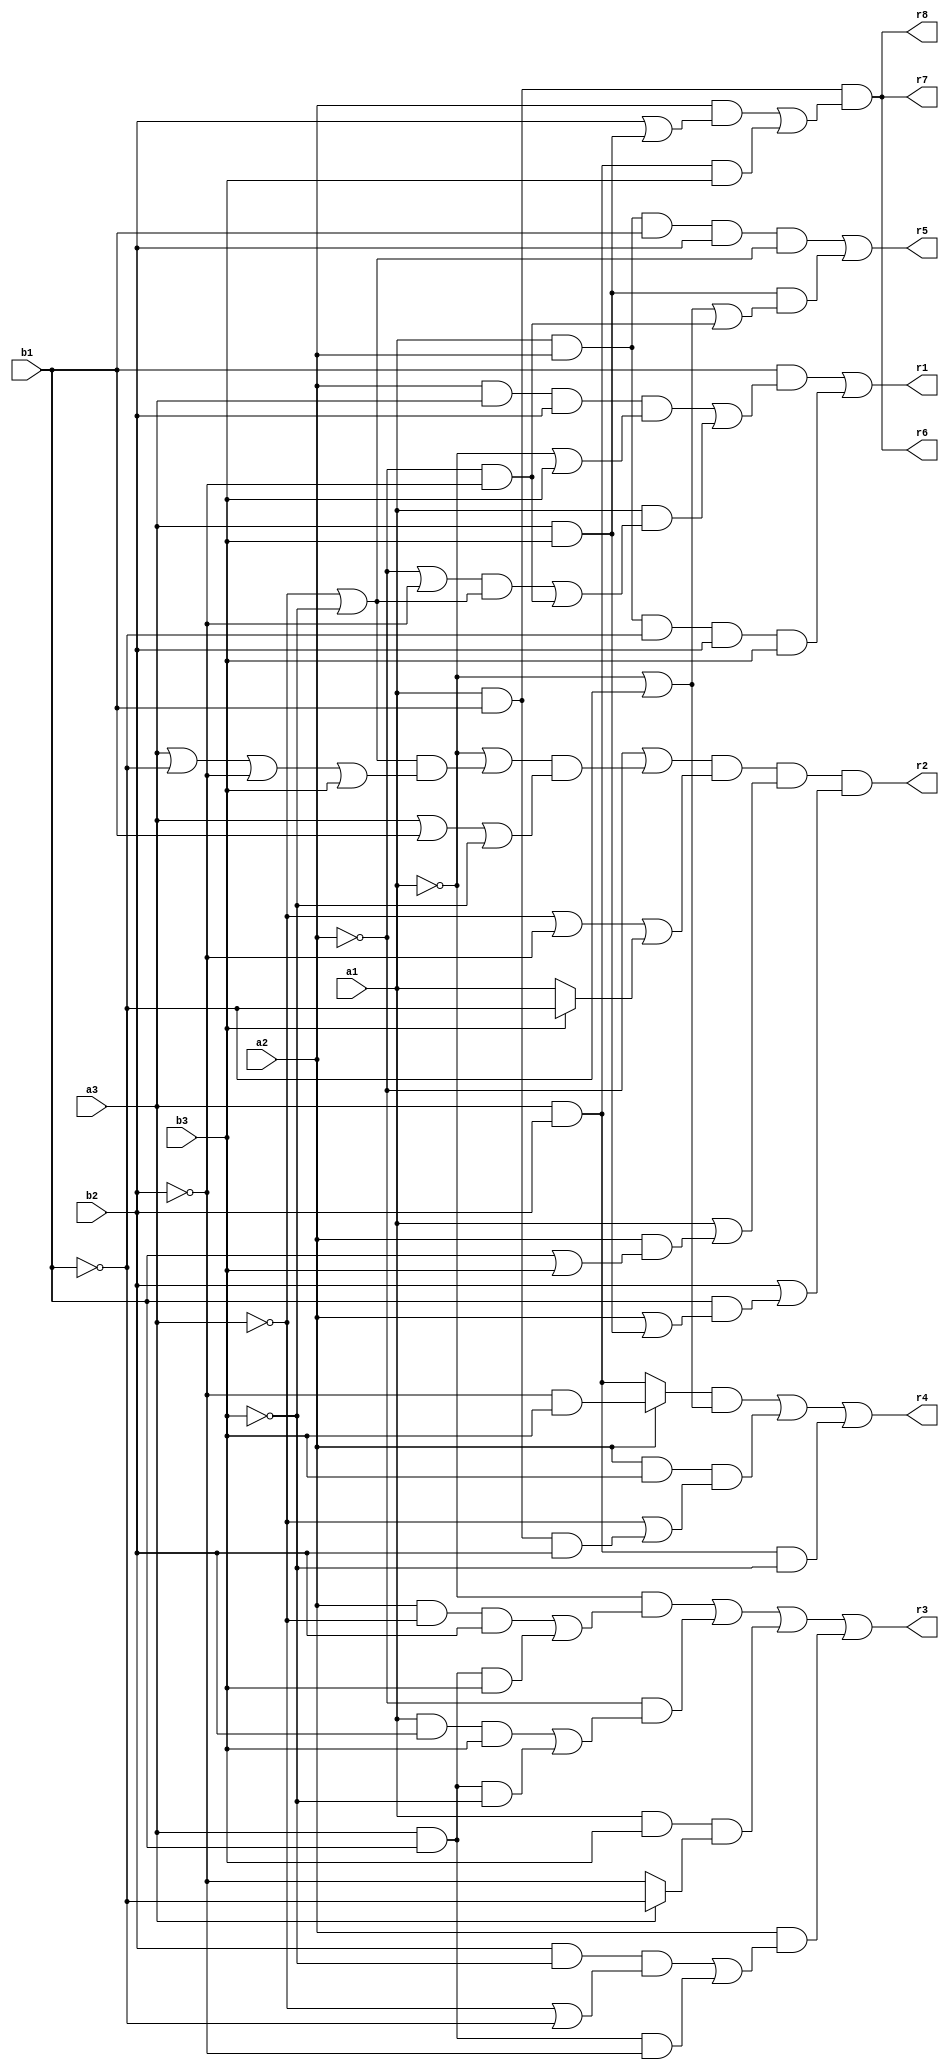
// Benchmark "mult_3x3_8_out" written by ABC on Fri May 27 23:37:27 2022

module mult_3x3_8 ( 
    a1, a2, a3, b1, b2, b3,
    r1,r2,r3,r4,r5,r6,r7,r8  );
  input  a1, a2, a3, b1, b2, b3;
  output r1,r2,r3,r4,r5,r6,r7,r8;
  assign r1 = (b1 & ((a2 & a3 & b2 & (~a1 | b3)) | (a1 & (((~a2 | ~b2) & (~a3 | ~b3)) | (~a2 & ~b2))))) | (a1 & a2 & ~b1 & b2 & b3);
  assign r2 = (~a2 | ((~a1 | ((~a3 | ~b3) & (a3 | ~b1 | ~b2 | b3))) & (a3 | b1 | ~b3))) & (~a3 | ~b2 | (b3 ? ~b1 : a1)) & (a1 | (a2 & (b1 | b3))) & (b2 | (b1 & (a2 | (a3 & b3))));
  assign r3 = (~a1 & ((a2 & ~a3 & b2) | (a3 & b1 & b3))) | (~a2 & ((a1 & b2 & b3) | (a3 & b1 & ~b3))) | (a1 & b3 & (a3 ? ~b1 : ~b2)) | (a2 & ((b2 & ~b3 & (~a3 | ~b1)) | (a3 & b1 & ~b2)));
  assign r4 = ((a2 ? (~b2 & b3) : (a3 & b2)) & (~a1 | ~b1)) | (a2 & b3 & (~a3 | (a1 & b1 & b2))) | (a3 & b2 & ~b3);
  assign r5 = (a1 & a2 & b1 & b2 & (~a3 | ~b3)) | (a3 & b3 & (~a1 | ~b1 | (~a2 & ~b2)));
  assign r6 = a1 & b1 & ((a2 & (b2 | (a3 & b3))) | (a3 & b2 & b3));
  assign r7 = a1 & b1 & ((a2 & (b2 | (a3 & b3))) | (a3 & b2 & b3));
  assign r8 = a1 & b1 & ((a2 & (b2 | (a3 & b3))) | (a3 & b2 & b3));
endmodule